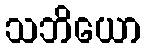
သဘိယော